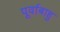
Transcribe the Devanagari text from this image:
पूर्वाबाहु